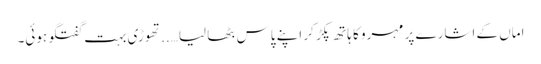
اماں کے اشارے پر مہرو کا ہاتھ پکڑ کر اپنے پاس بٹھا لیا…..تھوڑی بہت گفتگو ہوئی۔